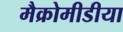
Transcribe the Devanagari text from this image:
मैक्रोमीडीया